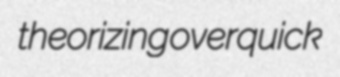
theorizing overquick